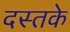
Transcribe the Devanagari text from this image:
दस्तके